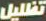
تظليل